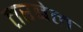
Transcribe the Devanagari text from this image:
तरबेल